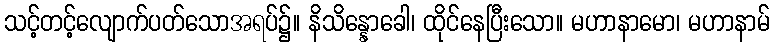
သင့်တင့်လျောက်ပတ်သောအရပ်၌။ နိသိန္နောခေါ၊ ထိုင်နေပြီးသော။ မဟာနာမော၊ မဟာနာမ်